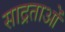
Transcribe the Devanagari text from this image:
साद्रताओं